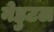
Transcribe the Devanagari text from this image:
नेहुटल